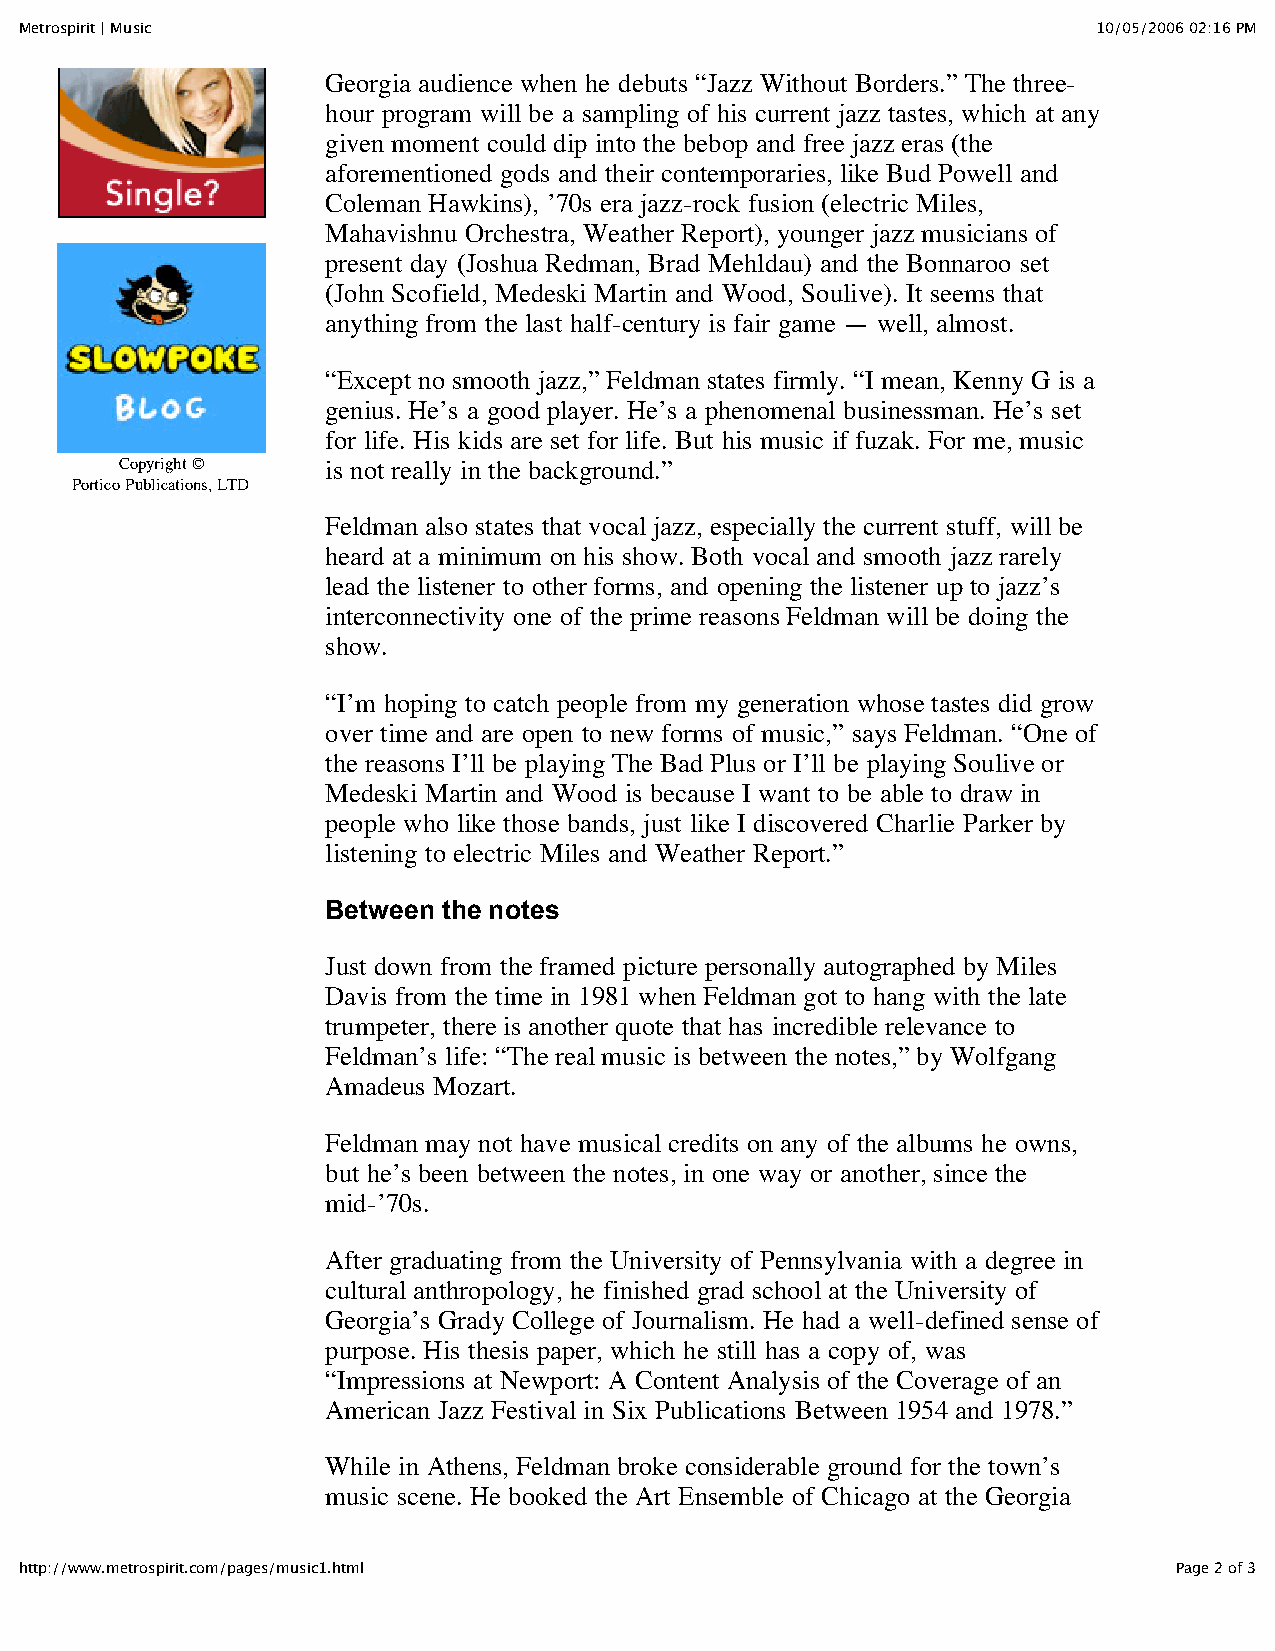
Metrospirit | Music                                                     10/05/2006 02:16 PM
 Georgia audience when he debuts “Jazz Without Borders.” The three-
 hour program will be a sampling of his current jazz tastes, which at any
 given moment could dip into the bebop and free jazz eras (the
 aforementioned gods and their contemporaries, like Bud Powell and
 Coleman Hawkins), ’70s era jazz-rock fusion (electric Miles,
 Mahavishnu Orchestra, Weather Report), younger jazz musicians of
 present day (Joshua Redman, Brad Mehldau) and the Bonnaroo set
 (John Scofield, Medeski Martin and Wood, Soulive). It seems that
 anything from the last half-century is fair game — well, almost.
 “Except no smooth jazz,” Feldman states firmly. “I mean, Kenny G is a
 genius. He’s a good player. He’s a phenomenal businessman. He’s set
 for life. His kids are set for life. But his music if fuzak. For me, music
 Copyright ©   is not really in the background.”
 Portico Publications, LTD
 Feldman also states that vocal jazz, especially the current stuff, will be
 heard at a minimum on his show. Both vocal and smooth jazz rarely
 lead the listener to other forms, and opening the listener up to jazz’s
 interconnectivity one of the prime reasons Feldman will be doing the
 show.
 “I’m hoping to catch people from my generation whose tastes did grow
 over time and are open to new forms of music,” says Feldman. “One of
 the reasons I’ll be playing The Bad Plus or I’ll be playing Soulive or
 Medeski Martin and Wood is because I want to be able to draw in
 people who like those bands, just like I discovered Charlie Parker by
 listening to electric Miles and Weather Report.”
 Between the notes
 Just down from the framed picture personally autographed by Miles
 Davis from the time in 1981 when Feldman got to hang with the late
 trumpeter, there is another quote that has incredible relevance to
 Feldman’s life: “The real music is between the notes,” by Wolfgang
 Amadeus Mozart.
 Feldman may not have musical credits on any of the albums he owns,
 but he’s been between the notes, in one way or another, since the
 mid-’70s.
 After graduating from the University of Pennsylvania with a degree in
 cultural anthropology, he finished grad school at the University of
 Georgia’s Grady College of Journalism. He had a well-defined sense of
 purpose. His thesis paper, which he still has a copy of, was
 “Impressions at Newport: A Content Analysis of the Coverage of an
 American Jazz Festival in Six Publications Between 1954 and 1978.”
 While in Athens, Feldman broke considerable ground for the town’s
 music scene. He booked the Art Ensemble of Chicago at the Georgia
 http://www.metrospirit.com/pages/music1.html                                 Page 2 of 3